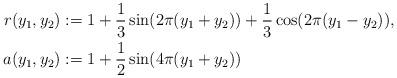
LaTeX: \begin{align*}r(y_1,y_2)&:= 1 + \frac{1}{3} \sin(2\pi(y_1+y_2)) + \frac{1}{3} \cos(2\pi(y_1 - y_2)),\\a(y_1,y_2)&:= 1 + \frac{1}{2}\sin(4\pi(y_1+y_2))\end{align*}